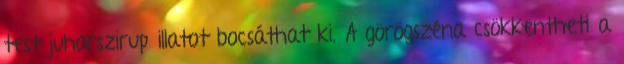
test juharszirup illatot bocsáthat ki. A görögszéna csökkentheti a